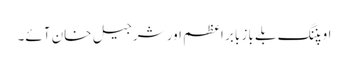
اوپننگ بلے باز بابر اعظم اور شرجیل خان آئے۔